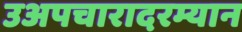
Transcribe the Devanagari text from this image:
उअपचारादरम्यान